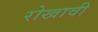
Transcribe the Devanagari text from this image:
रोखावी